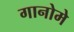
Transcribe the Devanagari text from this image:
गानोमे